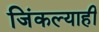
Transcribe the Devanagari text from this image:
जिंकल्याही